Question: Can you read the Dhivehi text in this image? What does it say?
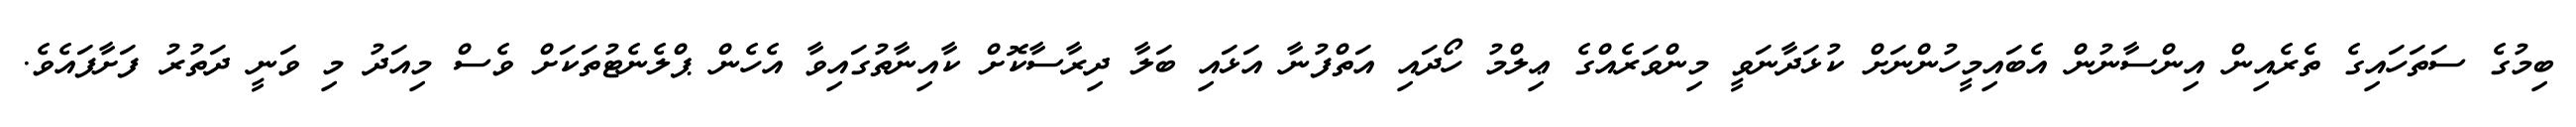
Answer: ބިމުގެ ސަތަހައިގެ ތެރެއިން އިންސާނުން އެބައިމީހުންނަށް ކުޅަދާނަވީ މިންވަރެއްގެ ޢިލްމު ހޯދައި އަތްފުނާ އަޅައި ބަލާ ދިރާސާކޮށް ކާއިނާތުގައިވާ އެހެން ޕްލެނެޓުތަކަށް ވެސް މިއަދު މި ވަނީ ދަތުރު ފަށާފައެވެ.